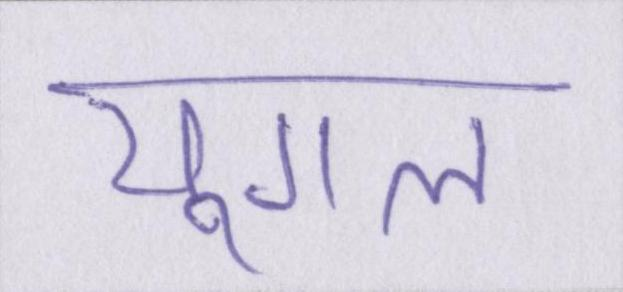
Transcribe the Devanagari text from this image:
युगल